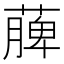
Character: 𮑎